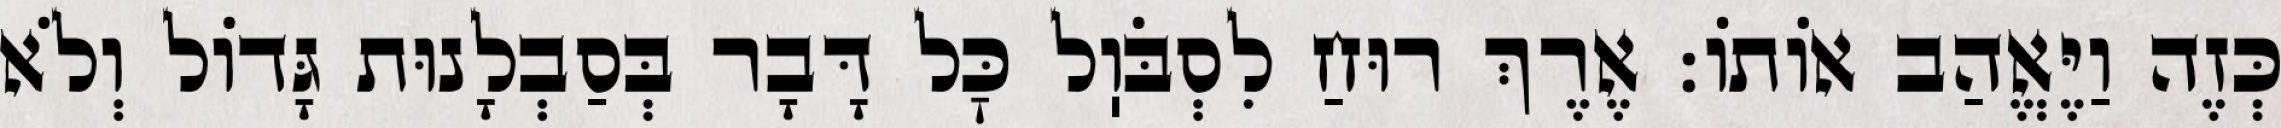
כְּזֶה וַיֶּאֱהַב אוֹתוֹ: אֶרֶךְ רוּחַ לִסְבֹּוֽל כׇּל דָּבָר בְּסַבְלָנוּת גָּדוֹל וְלֹא